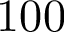
1 0 0